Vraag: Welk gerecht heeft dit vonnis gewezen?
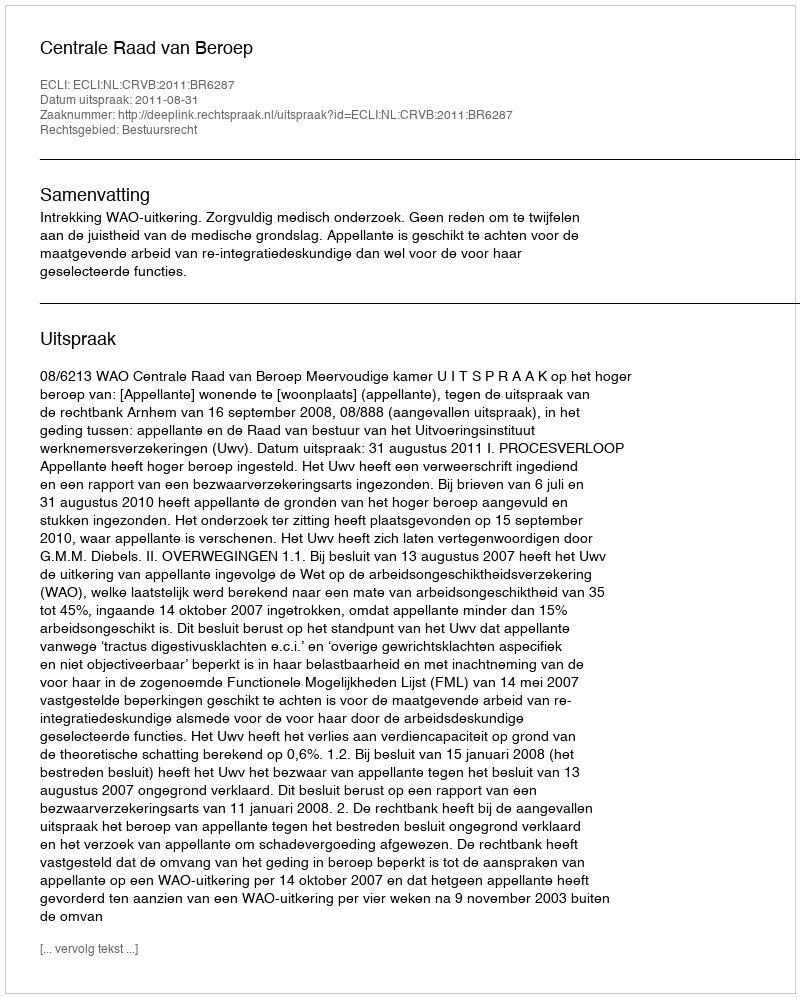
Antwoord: Centrale Raad van Beroep